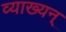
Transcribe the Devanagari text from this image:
व्याख्यन्